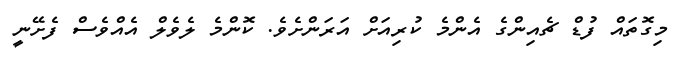
މިގޮތައް ފުޑް ޗެއިންގެ އެންމެ ކުރިއަށް އަރަންށެވެ. ކޮންމެ ލެވެލް އެއްވެސް ފެށޭނީ